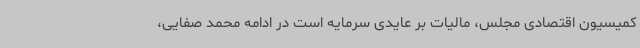
کمیسیون اقتصادی مجلس، مالیات بر عایدی سرمایه است در ادامه محمد صفایی،